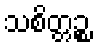
သစိတ္တဉ္စ